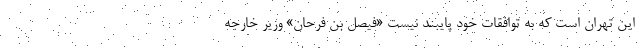
این تهران است که به توافقات خود پایبند نیست «فیصل بن فرحان» وزیر خارجه